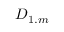
D _ { 1 . m }